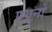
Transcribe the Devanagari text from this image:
एगुनो